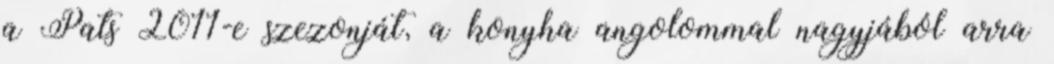
a Pats 2011-e szezonját, a konyha angolommal nagyjából arra